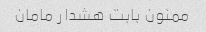
ممنون بابت هشدار مامان